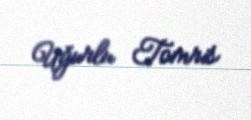
Uğurlu Tomris